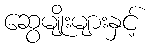
ဆွေမျိုးများနှင့်